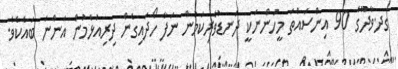
ގދ.ވާދޫގެ 90 އިންސައްތަ މީހުންނަކީ ދަނޑުވެރިކަމުން ނަފާ ހޯދައިގެން ދިރިއުޅެމުން އަންނަ ބައެކެވެ.